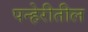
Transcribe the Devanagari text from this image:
पन्हेरीतील